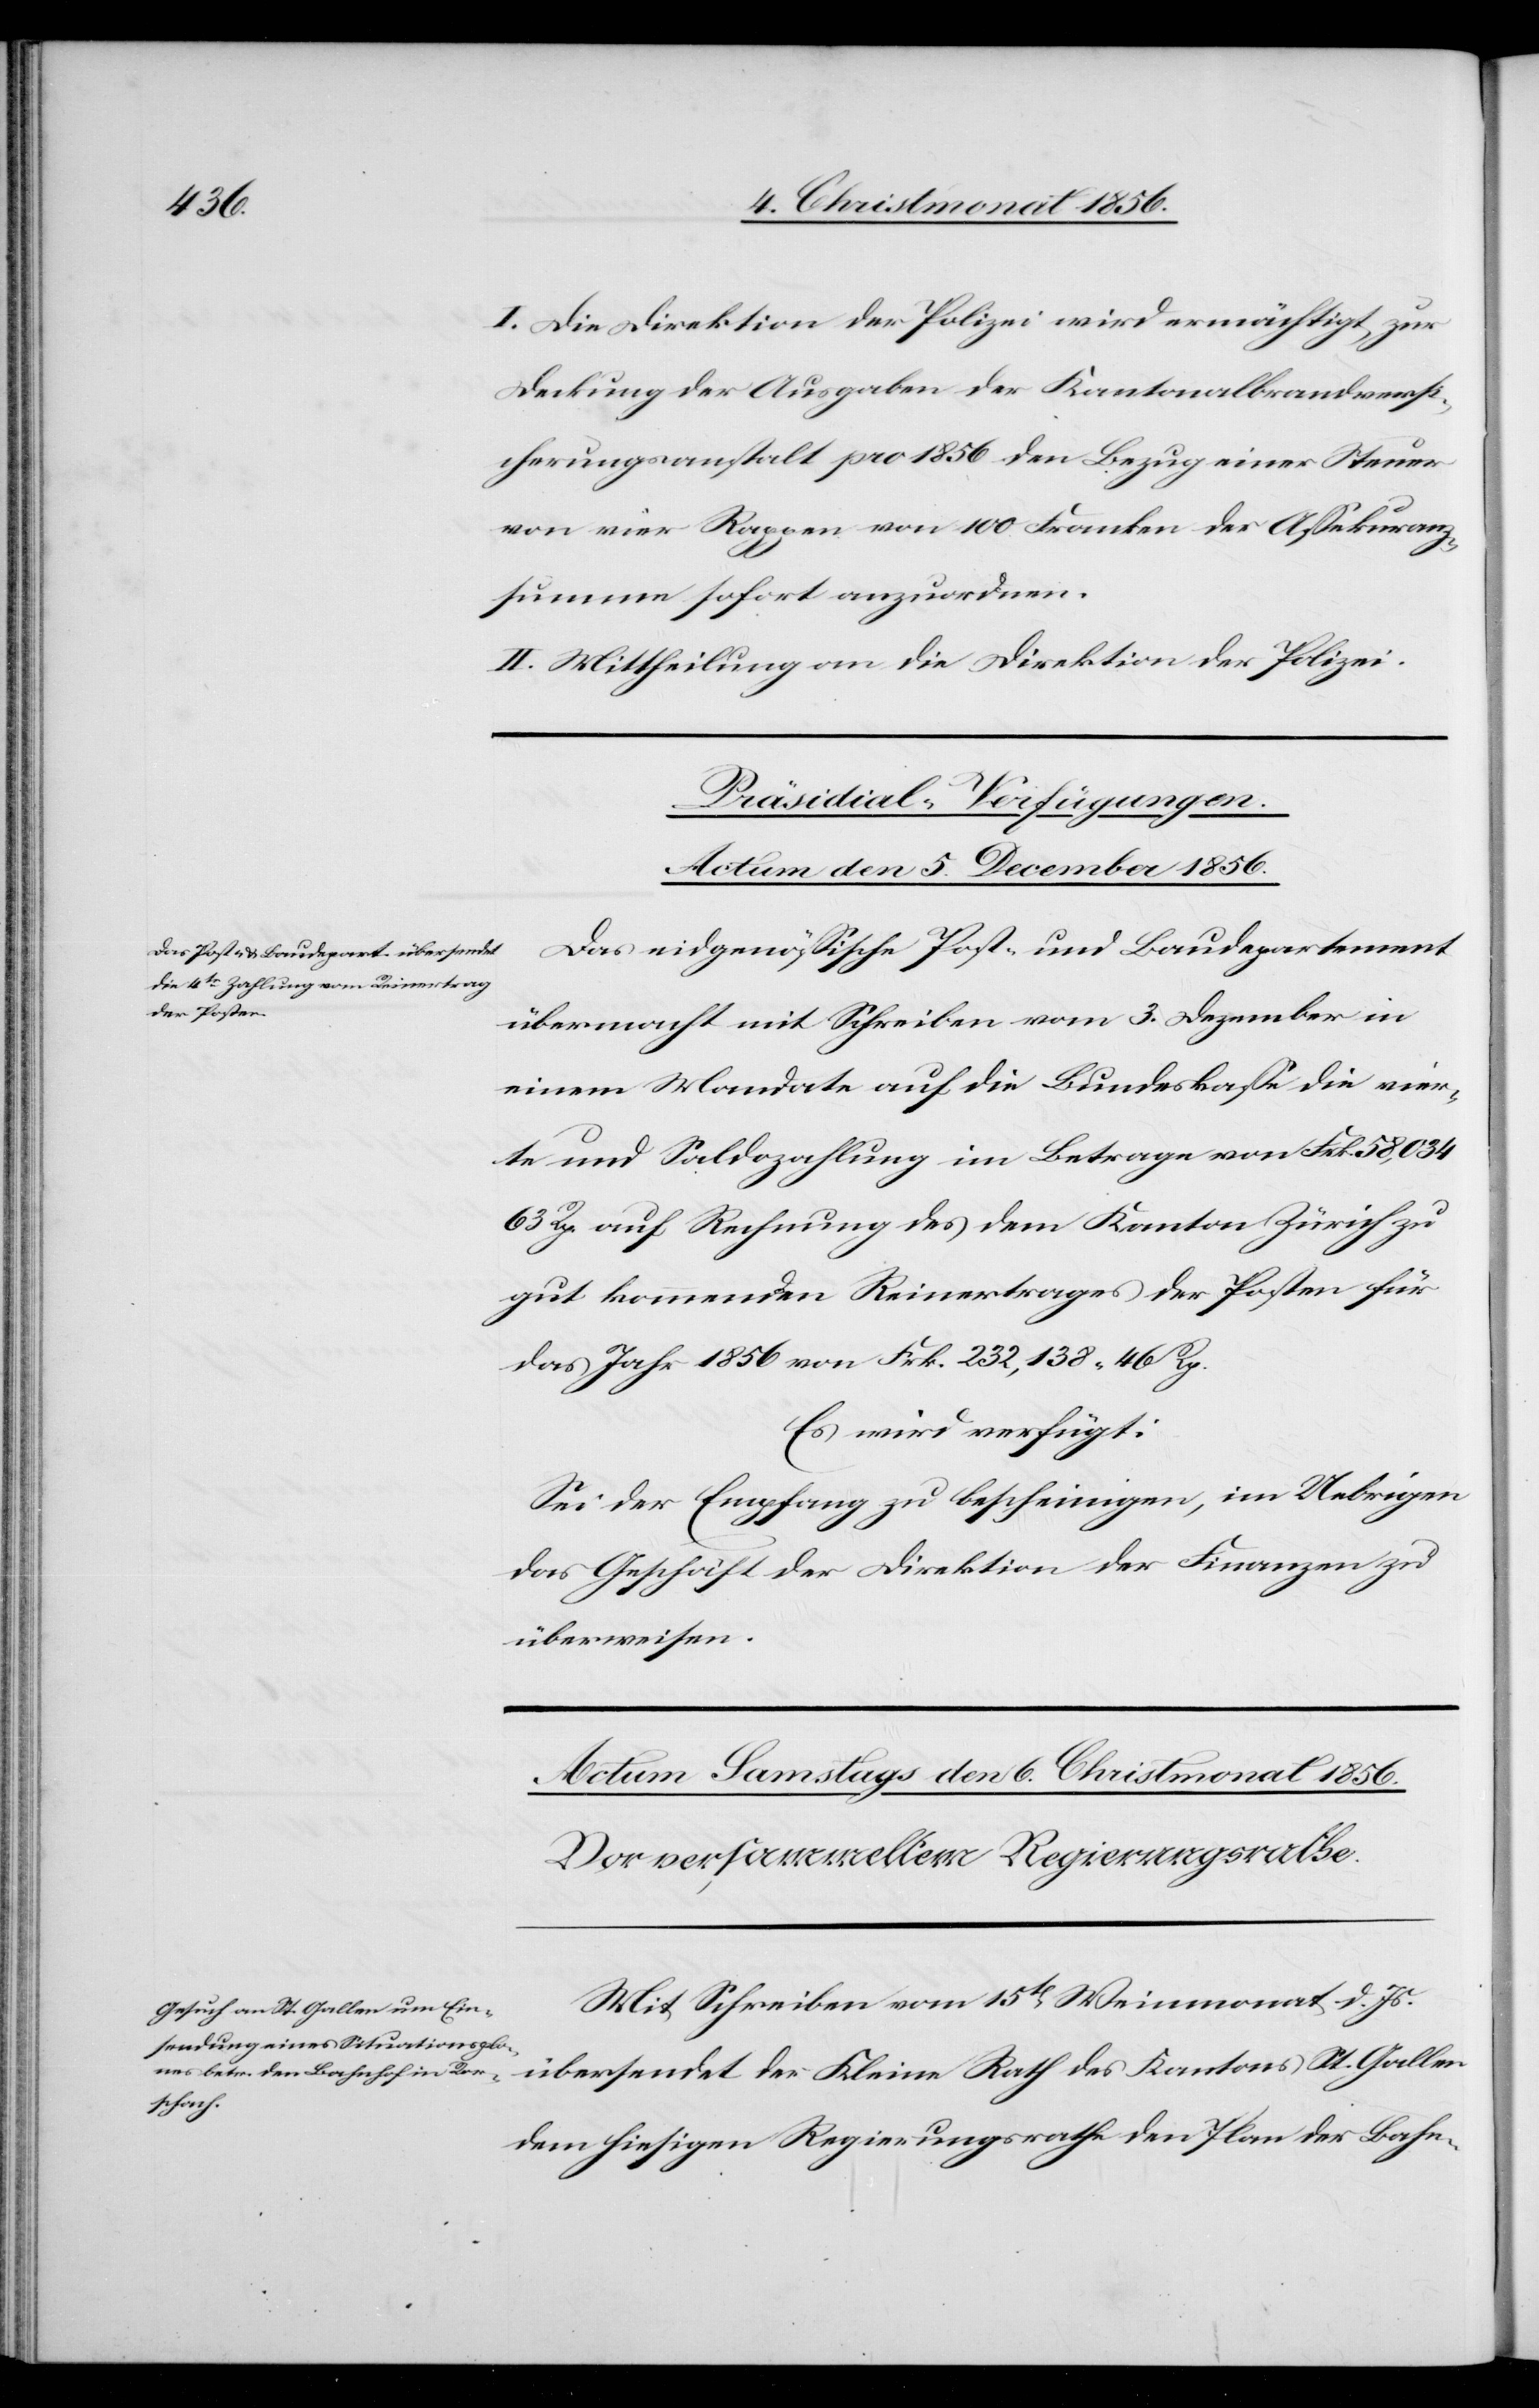
I. Die Direktion der Polizei wird ermächtigt, zur
Deckung der Ausgaben der Kantonalbrandversi¬
cherungsanstalt pro 1856 den Bezug einer Steuer
von vier Rappen von 100 Franken der Assekuranz¬
summe sofort anzuordnen.
II. Mittheilung an die Direktion der Polizei.
Präsidial-Verfügungen.
Actum den 5. December 1856.
Das eidgenössische Post- und Baudepartement
übermacht mit Schreiben vom 3. Dezember in
einem Mandate auf die Bundeskasse die vier¬
te und Saldozahlung im Betrage von Frk. 58,034[.]
63 Rp. auf Rechnung des dem Kanton Zürich zu
gut kommenden Reinertrages der Posten für
das Jahr 1856 von Frk. 232,138. 46 Rp.
Es wird verfügt:
Sei der Empfang zu bescheinigen, im Uebrigen
das Geschäft der Direktion der Finanzen zu
überweisen.
Mit Schreiben vom 15t Weinmonat d. Js.
Rath
dem hiesigen Regierungsrathe den Plan der Bahn-